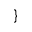
\}